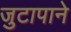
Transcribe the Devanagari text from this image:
जुटापाने